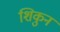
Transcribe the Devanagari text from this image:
शिकुन